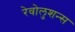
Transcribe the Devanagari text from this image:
रेवोलुशन्स